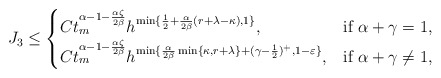
\begin{align*}J_3\leq\begin{cases}C t_m^{\alpha-1-\frac{\alpha\zeta}{2\beta}} h^{ \min\{ \frac{1}{2} + \frac{\alpha}{2\beta}(r+\lambda-\kappa), 1 \} }, & \mbox{if } \alpha + \gamma = 1, \\C t_m^{\alpha-1-\frac{\alpha\zeta}{2\beta}} h^{\min\{\frac{\alpha}{2\beta}\min\{\kappa,r+\lambda\} + (\gamma-\frac{1}{2})^{+}, 1-\varepsilon\}}, & \mbox{if } \alpha + \gamma \neq 1,\end{cases}\end{align*}